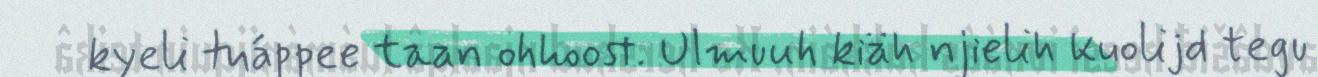
kyeli tuáppee taan ohhoost. Ulmuuh kiäh njielih kuolijd tegu